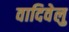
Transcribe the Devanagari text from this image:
वादिवेलु